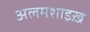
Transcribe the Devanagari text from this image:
अलमशाइख़